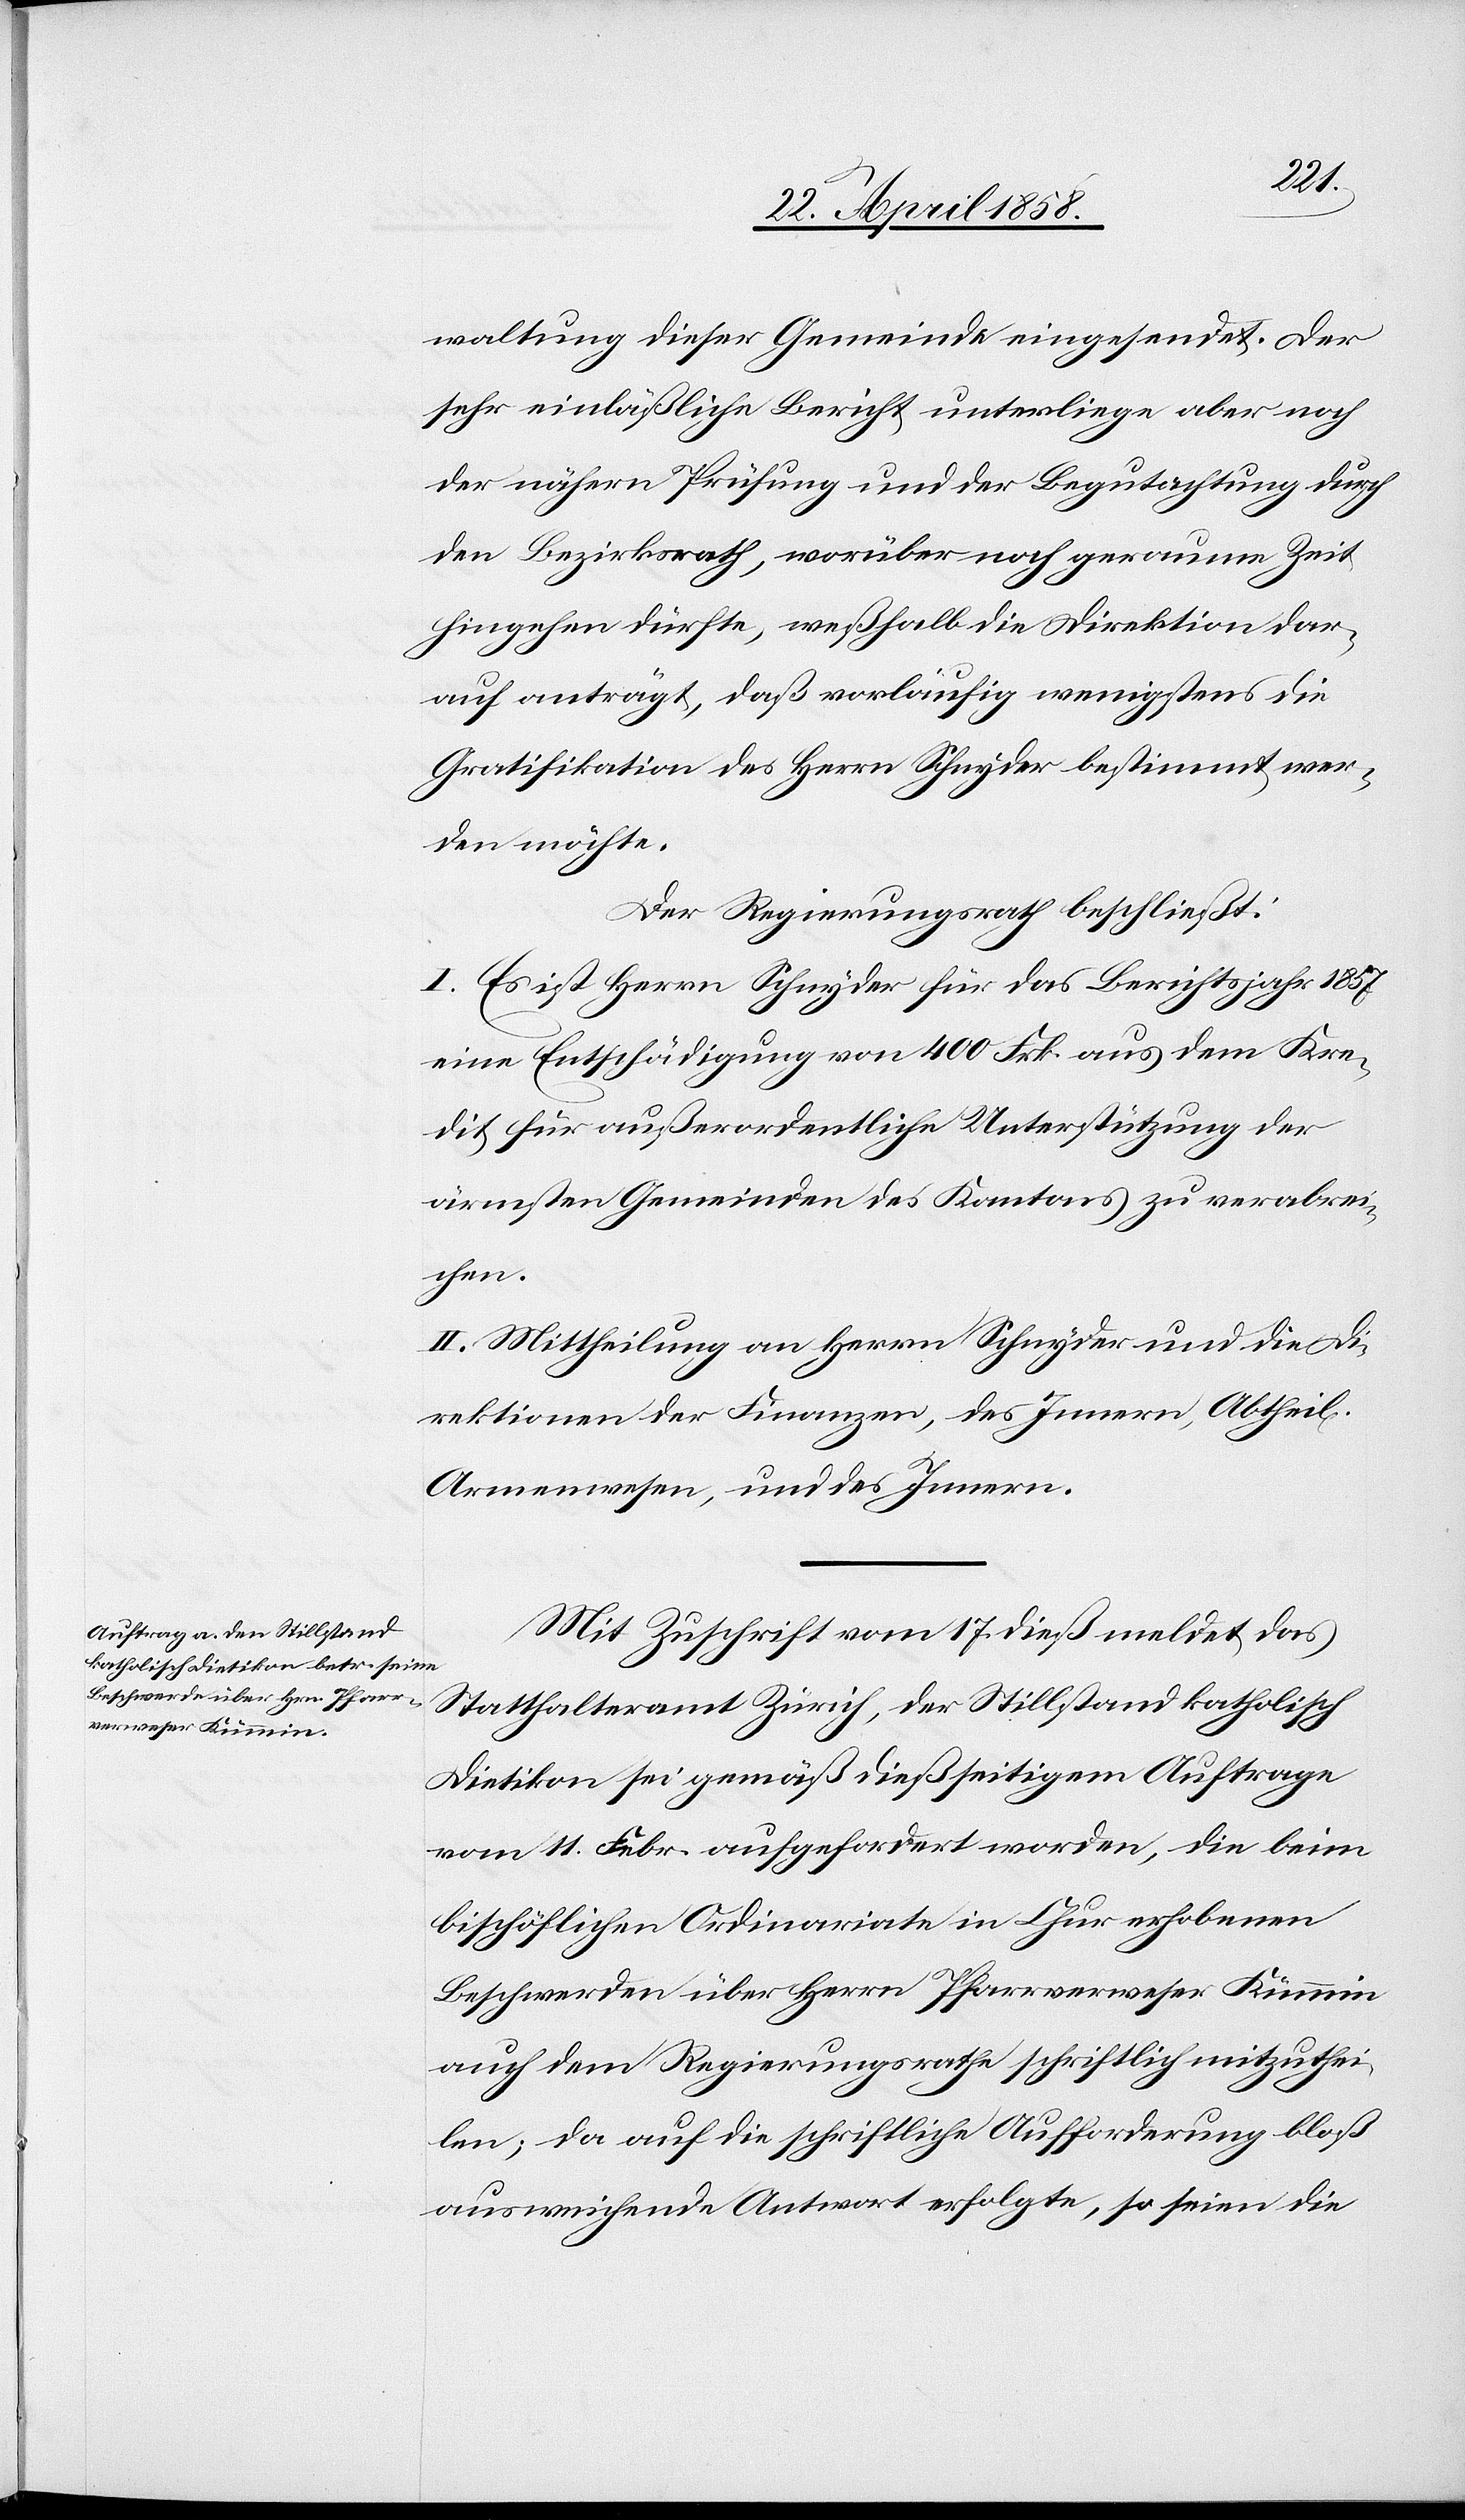
waltung dieser Gemeinde eingesendet. Der
sehr einläßliche Bericht unterliege aber noch
der nähern Prüfung und der Begutachtung durch
den Bezirksrath, worüber noch geraume Zeit
hingehen dürfte, weßhalb die Direktion dar¬
auf anträgt, daß vorläufig wenigstens die
Gratifikation des Herrn Schnyder bestimmt wer¬
den möchte.
Der Regierungsrath beschließt:
I. Es ist Herrn Schnyder für das Berichtsjahr 1857
eine Entschädigung von 400 Frk. aus dem Kre¬
dit für außerordentliche Unterstützung der
ärmsten Gemeinden des Kantons zu verabrei¬
chen.
II. Mittheilung an Herrn Schnyder und die Di¬
rektion der Finanzen, des Innern, Abtheil.
Armenwesen, und des Innern.
Mit Zuschrift vom 17. dieß meldet das
Statthalteramt Zürich, der Stillstand katholisch
Dietikon sei gemäß dießseitigem Auftrage
vom 11. Febr. aufgefordert worden, die beim
bischöflichen Ordinariate in Chur erhobenen
Beschwerden über Herrn Pfarrverweser Kümmin
auch dem Regierungsrathe schriftlich mitzuthei¬
len; da auf die schriftliche Aufforderung bloß
ausweichende Antwort erfolgte, so seien die